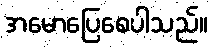
အမောပြေစေပါသည်။